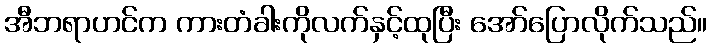
အီဘရာဟင်က ကားတံခါးကိုလက်နှင့်ထုပြီး အော်ပြောလိုက်သည်။